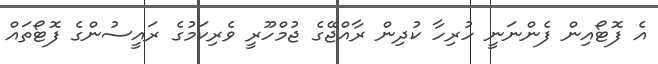
އެ ފޮޓޯއިން ފެންނަނީ ހުރިހާ ކުދިން ރާއްޖޭގެ ޖުމްހޫރީ ވެރިކަމުގެ ރައީސުންގެ ފޮޓޯތައް